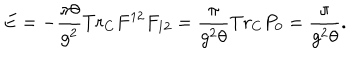
E = - \frac { \pi \theta } { g ^ { 2 } } T r _ { C } F ^ { 1 2 } F _ { 1 2 } = \frac { \pi } { g ^ { 2 } \theta } T r _ { C } P _ { 0 } = \frac { \pi } { g ^ { 2 } \theta } .